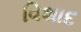
વિશાદ